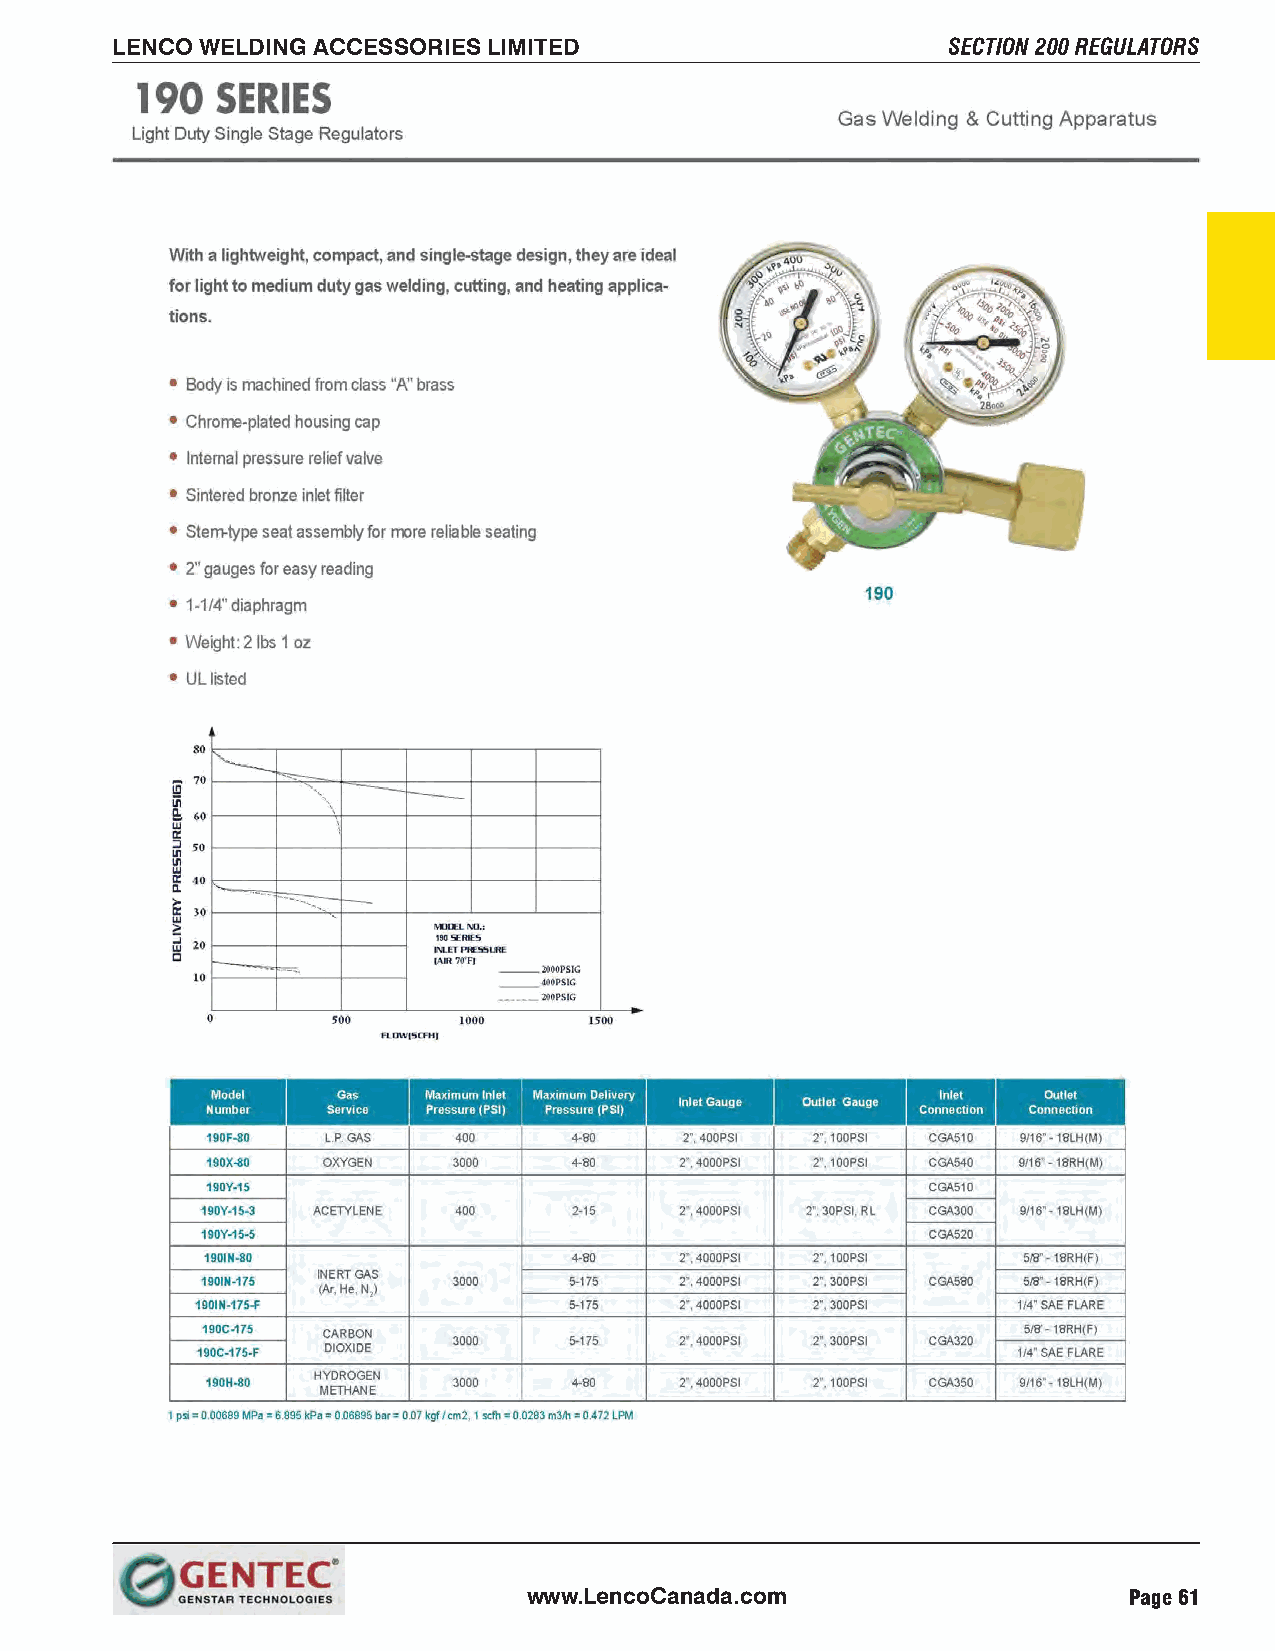
LENCO WELDING ACCESSORIES LIMITED                       SECTION 200 REGULATORS
 www.LencoCanada.com                     Page 61